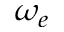
\omega _ { e }